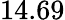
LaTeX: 14.69